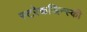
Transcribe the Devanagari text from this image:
स्टरेकजिन्स्की